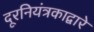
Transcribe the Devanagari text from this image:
दूरनियंत्रकाद्वारे